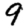
Digit: 9